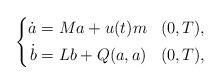
LaTeX: \begin{align*} \left\{ \begin{aligned} \dot{a} & = M a + u(t) m && (0,T), \\ \dot{b} & = L b + Q(a,a) && (0,T), \end{aligned} \right.\end{align*}